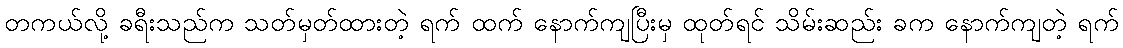
တကယ်လို့ ခရီးသည်က သတ်မှတ်ထားတဲ့ ရက် ထက် နောက်ကျပြီးမှ ထုတ်ရင် သိမ်းဆည်း ခက နောက်ကျတဲ့ ရက်